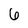
Character: 6